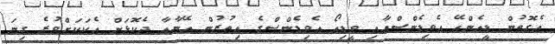
އެގޮތުން ޑީއެންއޭ އެވިޑެންސްއާއި ވީޑިއޯ އެވިޑެންސްގެ އިތުރުން އޭނާއާ ދެކޮޅަށް އެކަކަށްވުރެ ގިނަ